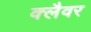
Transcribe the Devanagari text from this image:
क्लैवर